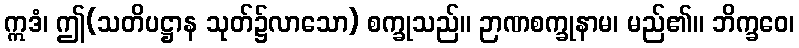
ဣဒံ၊ ဤ(သတိပဋ္ဌာန သုတ်၌လာသော) စက္ခုသည်။ ဉာဏစက္ခုနာမ၊ မည်၏။ ဘိက္ခဝေ၊